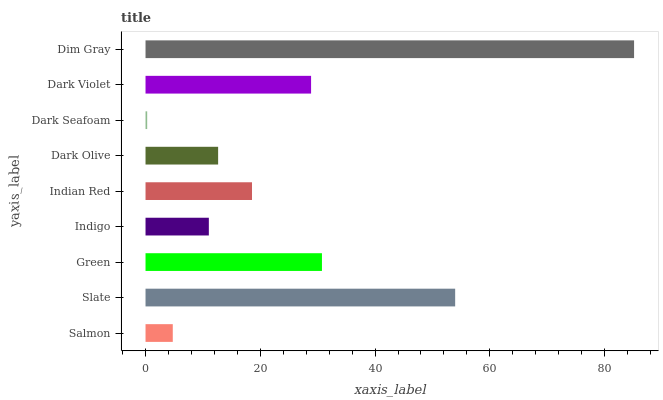
| yaxis_label | bars |
 | --- | --- |
 | Salmon | 4.75 |
 | Slate | 54 |
 | Green | 30.7 |
 | Indigo | 11 |
 | Indian Red | 18.6 |
 | Dark Olive | 12.7 |
 | Dark Seafoam | 0.291 |
 | Dark Violet | 28.9 |
 | Dim Gray | 85.1 |